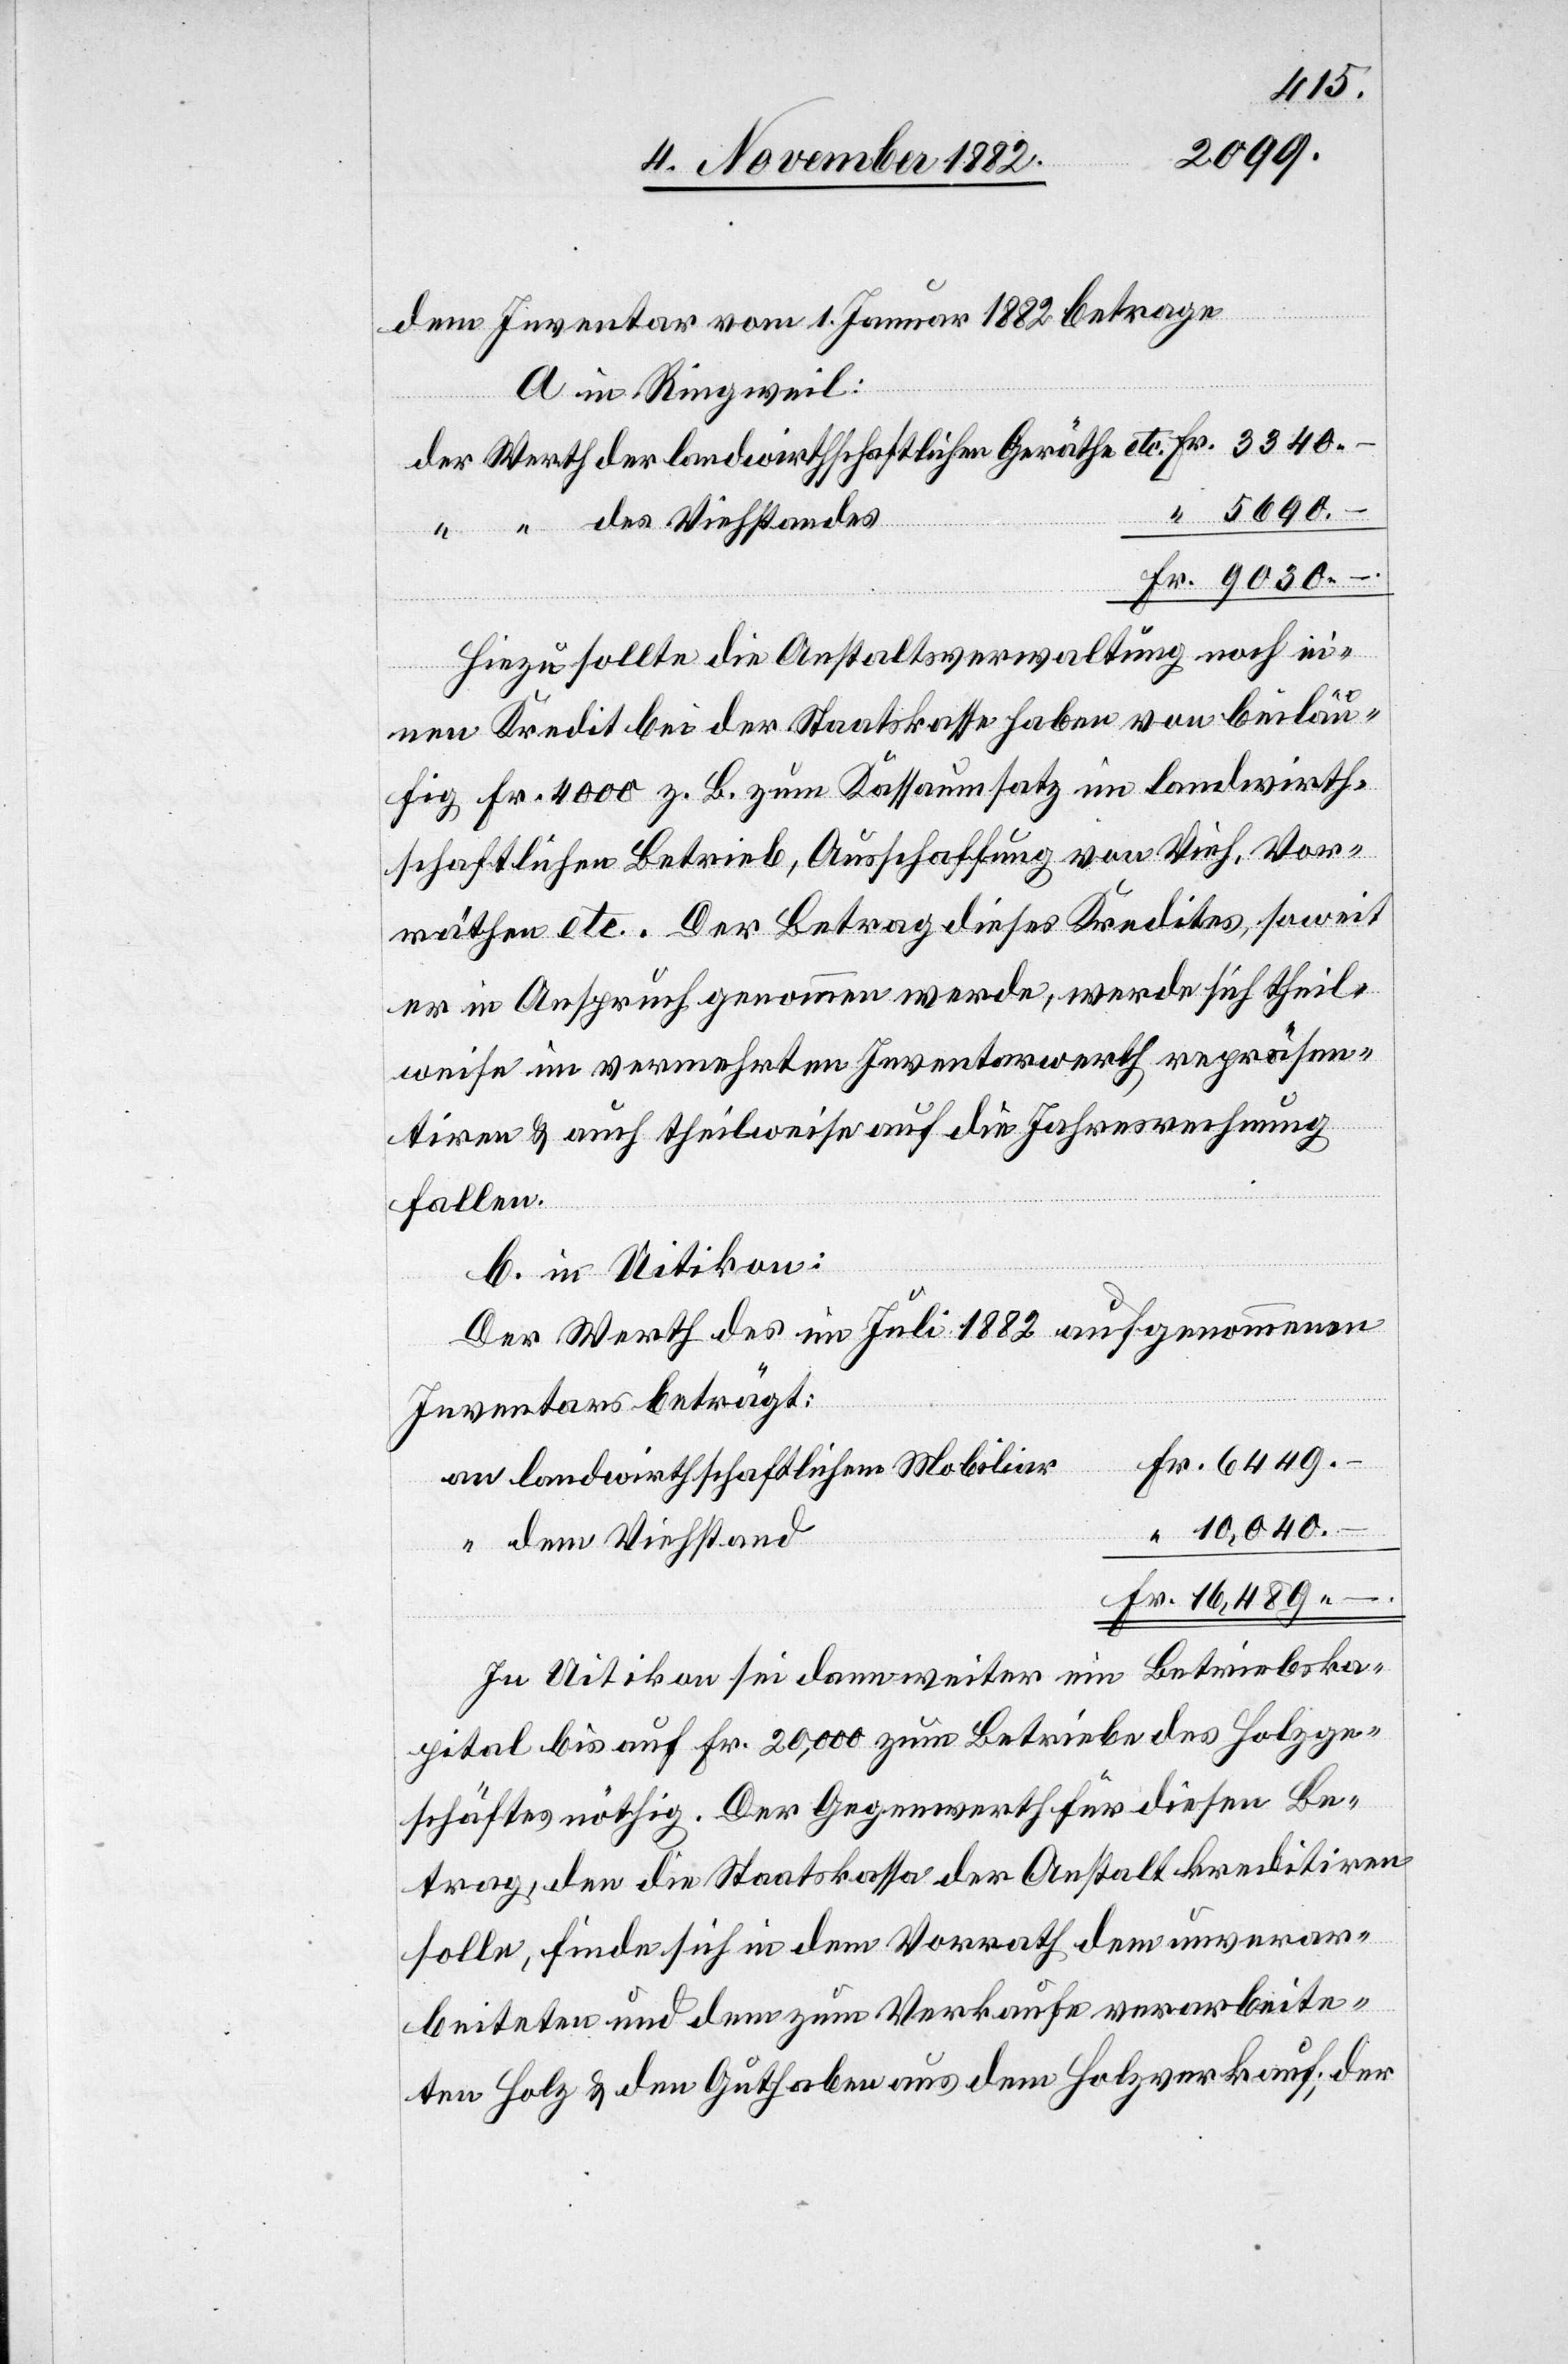
dem Inventar vom 1. Januar 1882 betrage
a. in Ringweil.
–
Hiezu sollte die Anstaltsverwaltung noch ei¬
nen Kredit bei der Staatskasse haben von beiläu¬
fig Fr. 4000 z. B. zum Kassaumsatz im landwirth¬
schaftlichen Betrieb, Ausschaffung von Vieh, Vor¬
räthen etc. Der Betrag dieses Kredites, soweit
er in Anspruch genommen werde, werde sich theil¬
weise im vermehrten Inventarwerth repräsen¬
tiren & auch theilweise auf die Jahresrechnung
fallen.
b. in Uitikon:
Der Werth des im Juli 1882 aufgenommenen
Inventars beträgt:
landwirthschaftlichem Mobiliar
dem Viehstand
In Uitikon sei dann weiter ein Betriebska¬
pital bis auf Fr. 20,000 zum Betriebe des Holzge¬
schäftes nöthig. Der Gegenwerth für diesen Be¬
trag, den die Staatskassa der Anstalt kreditiren
solle, finde sich in dem Vorrath dem unverar¬
beiteten und dem zum Verkaufe der verarbeite¬
ten Holz & den Guthaben aus dem Holzverkauf; der